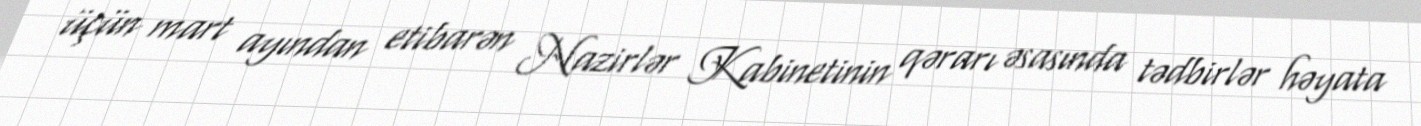
üçün mart ayından etibarən Nazirlər Kabinetinin qərarı əsasında tədbirlər həyata